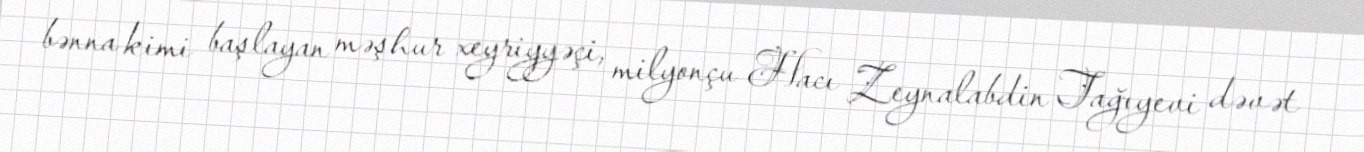
bənna kimi başlayan məşhur xeyriyyəçi, milyonçu Hacı Zeynalabdin Tağıyevi dəvət